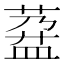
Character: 𱾌